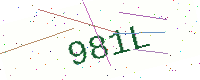
Text: 981L